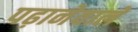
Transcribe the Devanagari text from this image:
पढ़ानेवाले